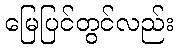
မြေပြင်တွင်လည်း